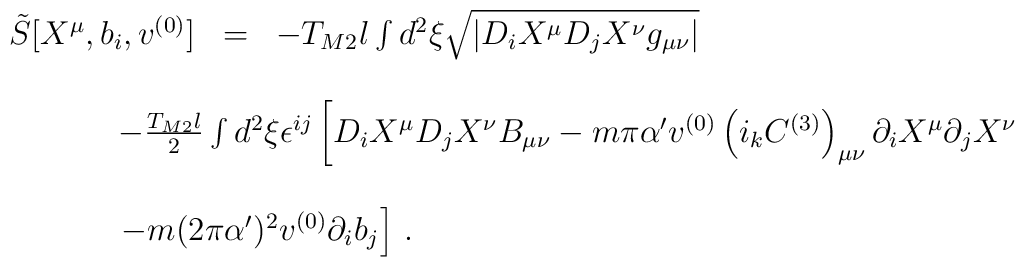
\begin{array}{rcl}{\tilde S}[X^\mu,b_i,v^{(0)}] & = & -T_{M2}l\int d^2\xi \sqrt{|D_{i} X^{\mu}D_{j} X^{\nu} g_{\mu\nu}|}\\& & \\& &\hspace{-2cm}-\frac{T_{M2}l}{2}\int d^2 \xi \epsilon^{ij}\left[D_{i} X^{\mu} D_{j}X^{\nu} B_{\mu\nu}-m\pi\alpha^{\prime} v^{(0)} \left(i_k C^{(3)}\right)_{\mu\nu}\partial_{i} X^{\mu} \partial_{j} X^{\nu}\right.\\& & \\& &\hspace{-2cm}\left.-m (2\pi\alpha^{\prime})^{2}v^{(0)}\partial_{i} {b}_{j}\right]\, . \\\end{array}